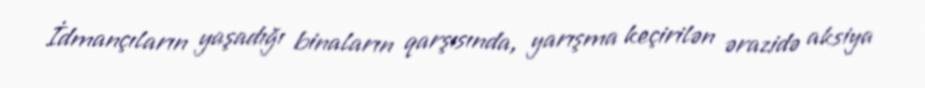
İdmançıların yaşadığı binaların qarşısında, yarışma keçirilən ərazidə aksiya